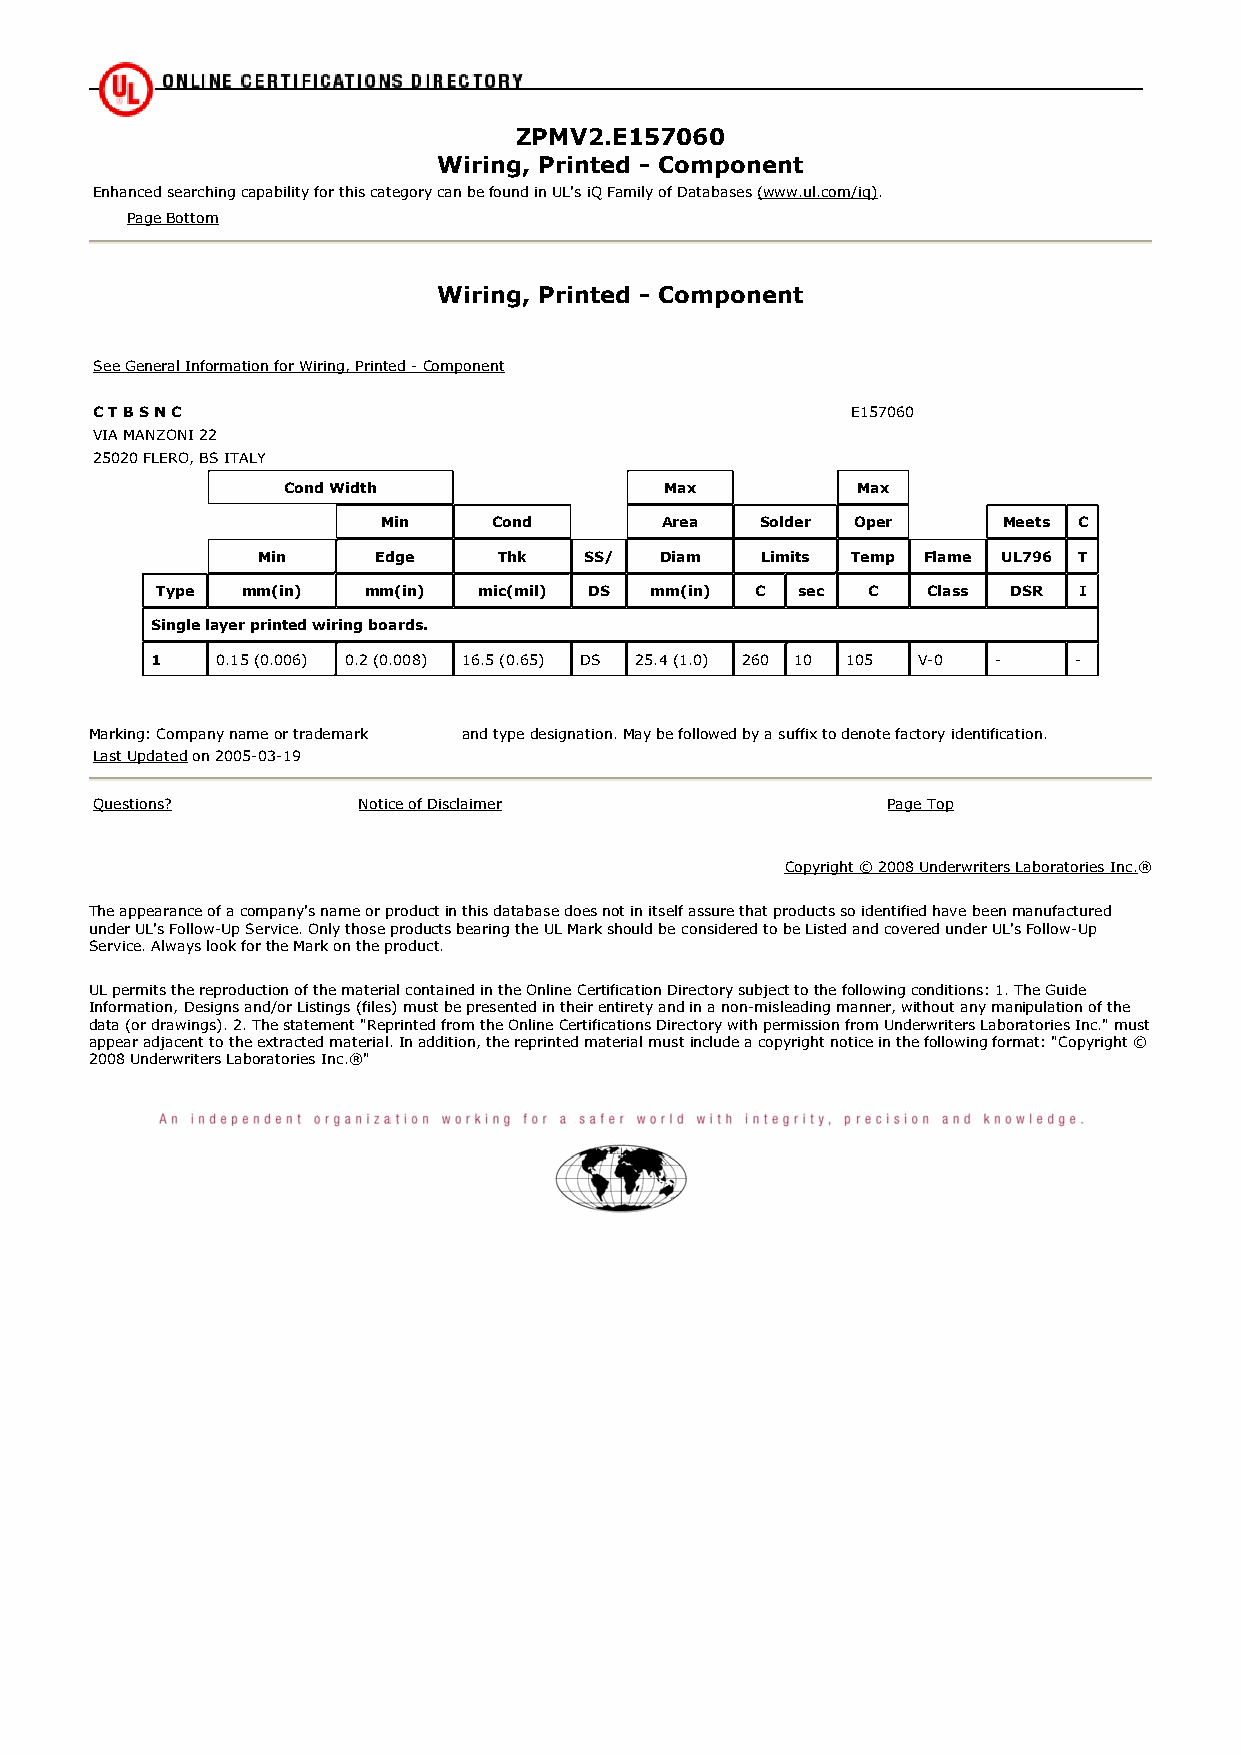
ZPMV2.E157060
 Wiring, Printed - Component
 Enhanced searching capability for this category can be found in UL's iQ Family of Databases (www.ul.com/iq).
 Page Bottom
 Wiring, Printed - Component
 See General Information for Wiring, Printed - Component
 C T B S N C                                       E157060
 VIA MANZONI 22
 25020 FLERO, BS ITALY
 Cond Width               Max          Max
 Min     Cond       Area  Solder Oper     Meets C
 Min     Edge    Thk   SS/  Diam  Limits Temp Flame UL796 T
 Type  mm(in)  mm(in)  mic(mil) DS mm(in) C sec C   Class DSR I
 Single layer printed wiring boards.
 1   0.15 (0.006) 0.2 (0.008) 16.5 (0.65) DS 25.4 (1.0) 260 10 105 V-0 - -
 Marking: Company name or trademark and type designation. May be followed by a suffix to denote factory identification.
 Last Updated on 2005-03-19
 Questions?        Notice of Disclaimer               Page Top
 Copyright © 2008 Underwriters Laboratories Inc.®
 The appearance of a company's name or product in this database does not in itself assure that products so identified have been manufactured
 under UL's Follow-Up Service. Only those products bearing the UL Mark should be considered to be Listed and covered under UL's Follow-Up
 Service. Always look for the Mark on the product.
 UL permits the reproduction of the material contained in the Online Certification Directory subject to the following conditions: 1. The Guide
 Information, Designs and/or Listings (files) must be presented in their entirety and in a non-misleading manner, without any manipulation of the
 data (or drawings). 2. The statement "Reprinted from the Online Certifications Directory with permission from Underwriters Laboratories Inc." must
 appear adjacent to the extracted material. In addition, the reprinted material must include a copyright notice in the following format: "Copyright ©
 2008 Underwriters Laboratories Inc.®"